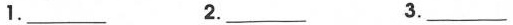
1.___ 2.___ 3.___